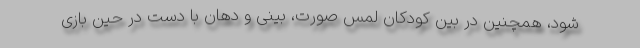
شود، همچنین در بین کودکان لمس صورت، بینی و دهان با دست در حین بازی